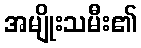
အမျိုးသမီး၏